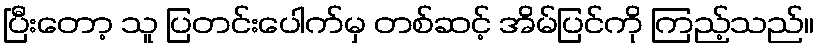
ပြီးတော့ သူ ပြတင်းပေါက်မှ တစ်ဆင့် အိမ်ပြင်ကို ကြည့်သည်။